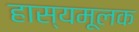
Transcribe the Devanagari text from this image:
हास्यमूलक